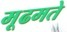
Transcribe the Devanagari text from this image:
मूढमते